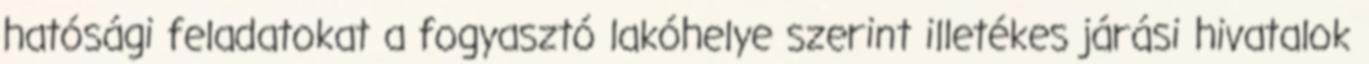
hatósági feladatokat a fogyasztó lakóhelye szerint illetékes járási hivatalok